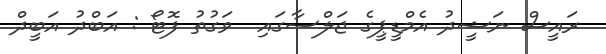
ރައީސް ނަޝީދު އެމްޑީޕީގެ ޖަލްސާގައި  ވަގުތު ފޮޓޯ : އަބްދު އަބީދް